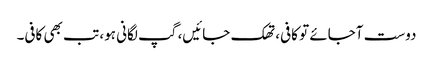
دوست آجائے تو کافی، تھک جائیں، گپ لگانی ہو، تب بھی کافی۔